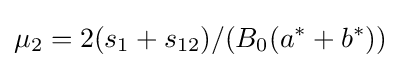
\mu _{2}=2(s_{1}+s_{12})/(B_{0}(a^{*}+b^{*}))